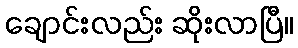
ချောင်းလည်း ဆိုးလာပြီ။